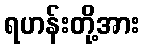
ရဟန်းတို့အား